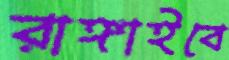
রাঙ্গাইবে